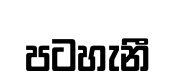
පටහැනී